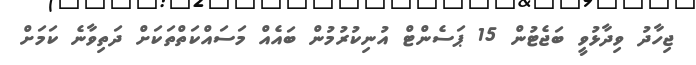
ޖިހާދު ވިދާޅުވީ ބަޖެޓުން 15 ޕަސެންޓް އުނިކުރުމުން ބައެއް މަސައްކަތްތަކަށް ދަތިވާނެ ކަމަށް